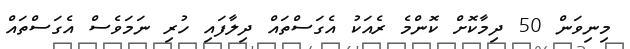
މިނިވަން 50 ދިމާކޮށް ކޮންމެ ރެއަކު އެގަސްތައް ދިލާފައި ހުރި ނަމަވެސް އެގަސްތައް